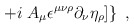
\begin{align*}\left. + i \;A_\mu \epsilon ^{\mu \nu \rho }\partial _\nu \eta_\rho ] \right\}\;,\end{align*}